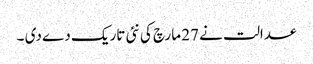
عدالت نے 27 مارچ کی نئی تاریک دے دی ۔